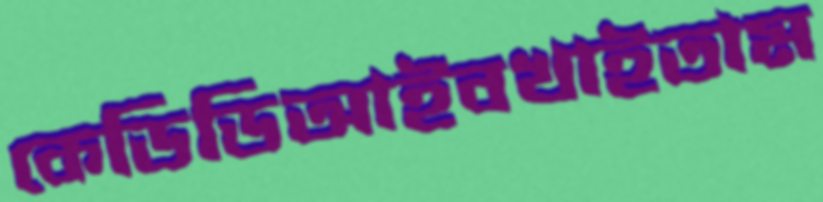
কেডিডিআইবখাইতাম